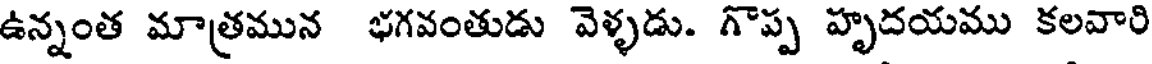
ఉన్నంత మాత్రమున భగవంతుడు వెళ్ళడు. గొప్ప హృదయము కలవారి